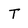
Character: T